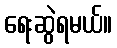
ရေးဆွဲရမယ်။